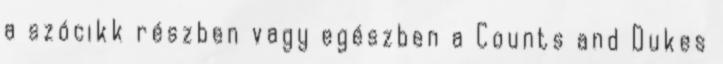
a szócikk részben vagy egészben a Counts and Dukes